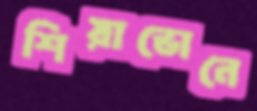
শিয়াভোনে